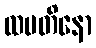
ထပတိနော